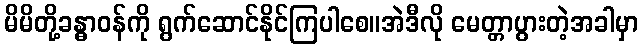
မိမိတို့ခန္ဓာဝန်ကို ရွက်ဆောင်နိုင်ကြပါစေ။အဲဒီလို မေတ္တာပွားတဲ့အခါမှာ